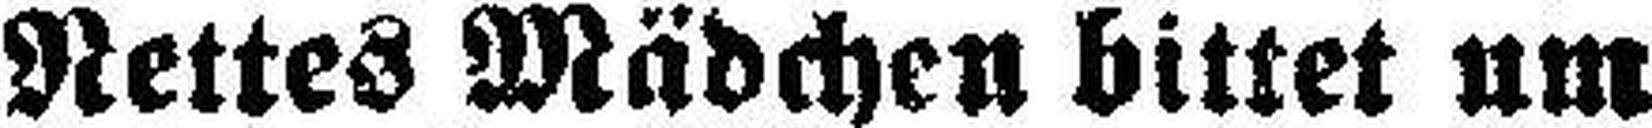
Nettes Mädchen bittet um